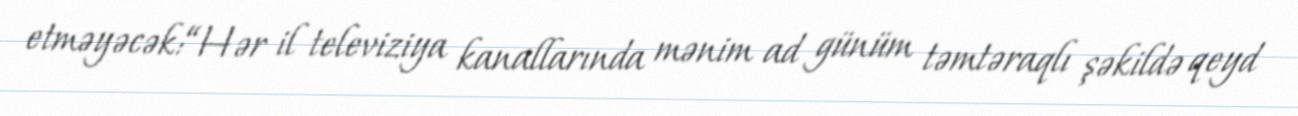
etməyəcək:“Hər il televiziya kanallarında mənim ad günüm təmtəraqlı şəkildə qeyd